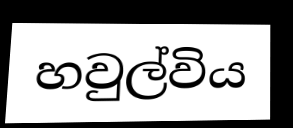
හවුල්විය